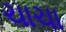
ચાચા